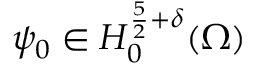
\psi _ { 0 } \in H _ { 0 } ^ { \frac { 5 } { 2 } + \delta } ( \Omega )